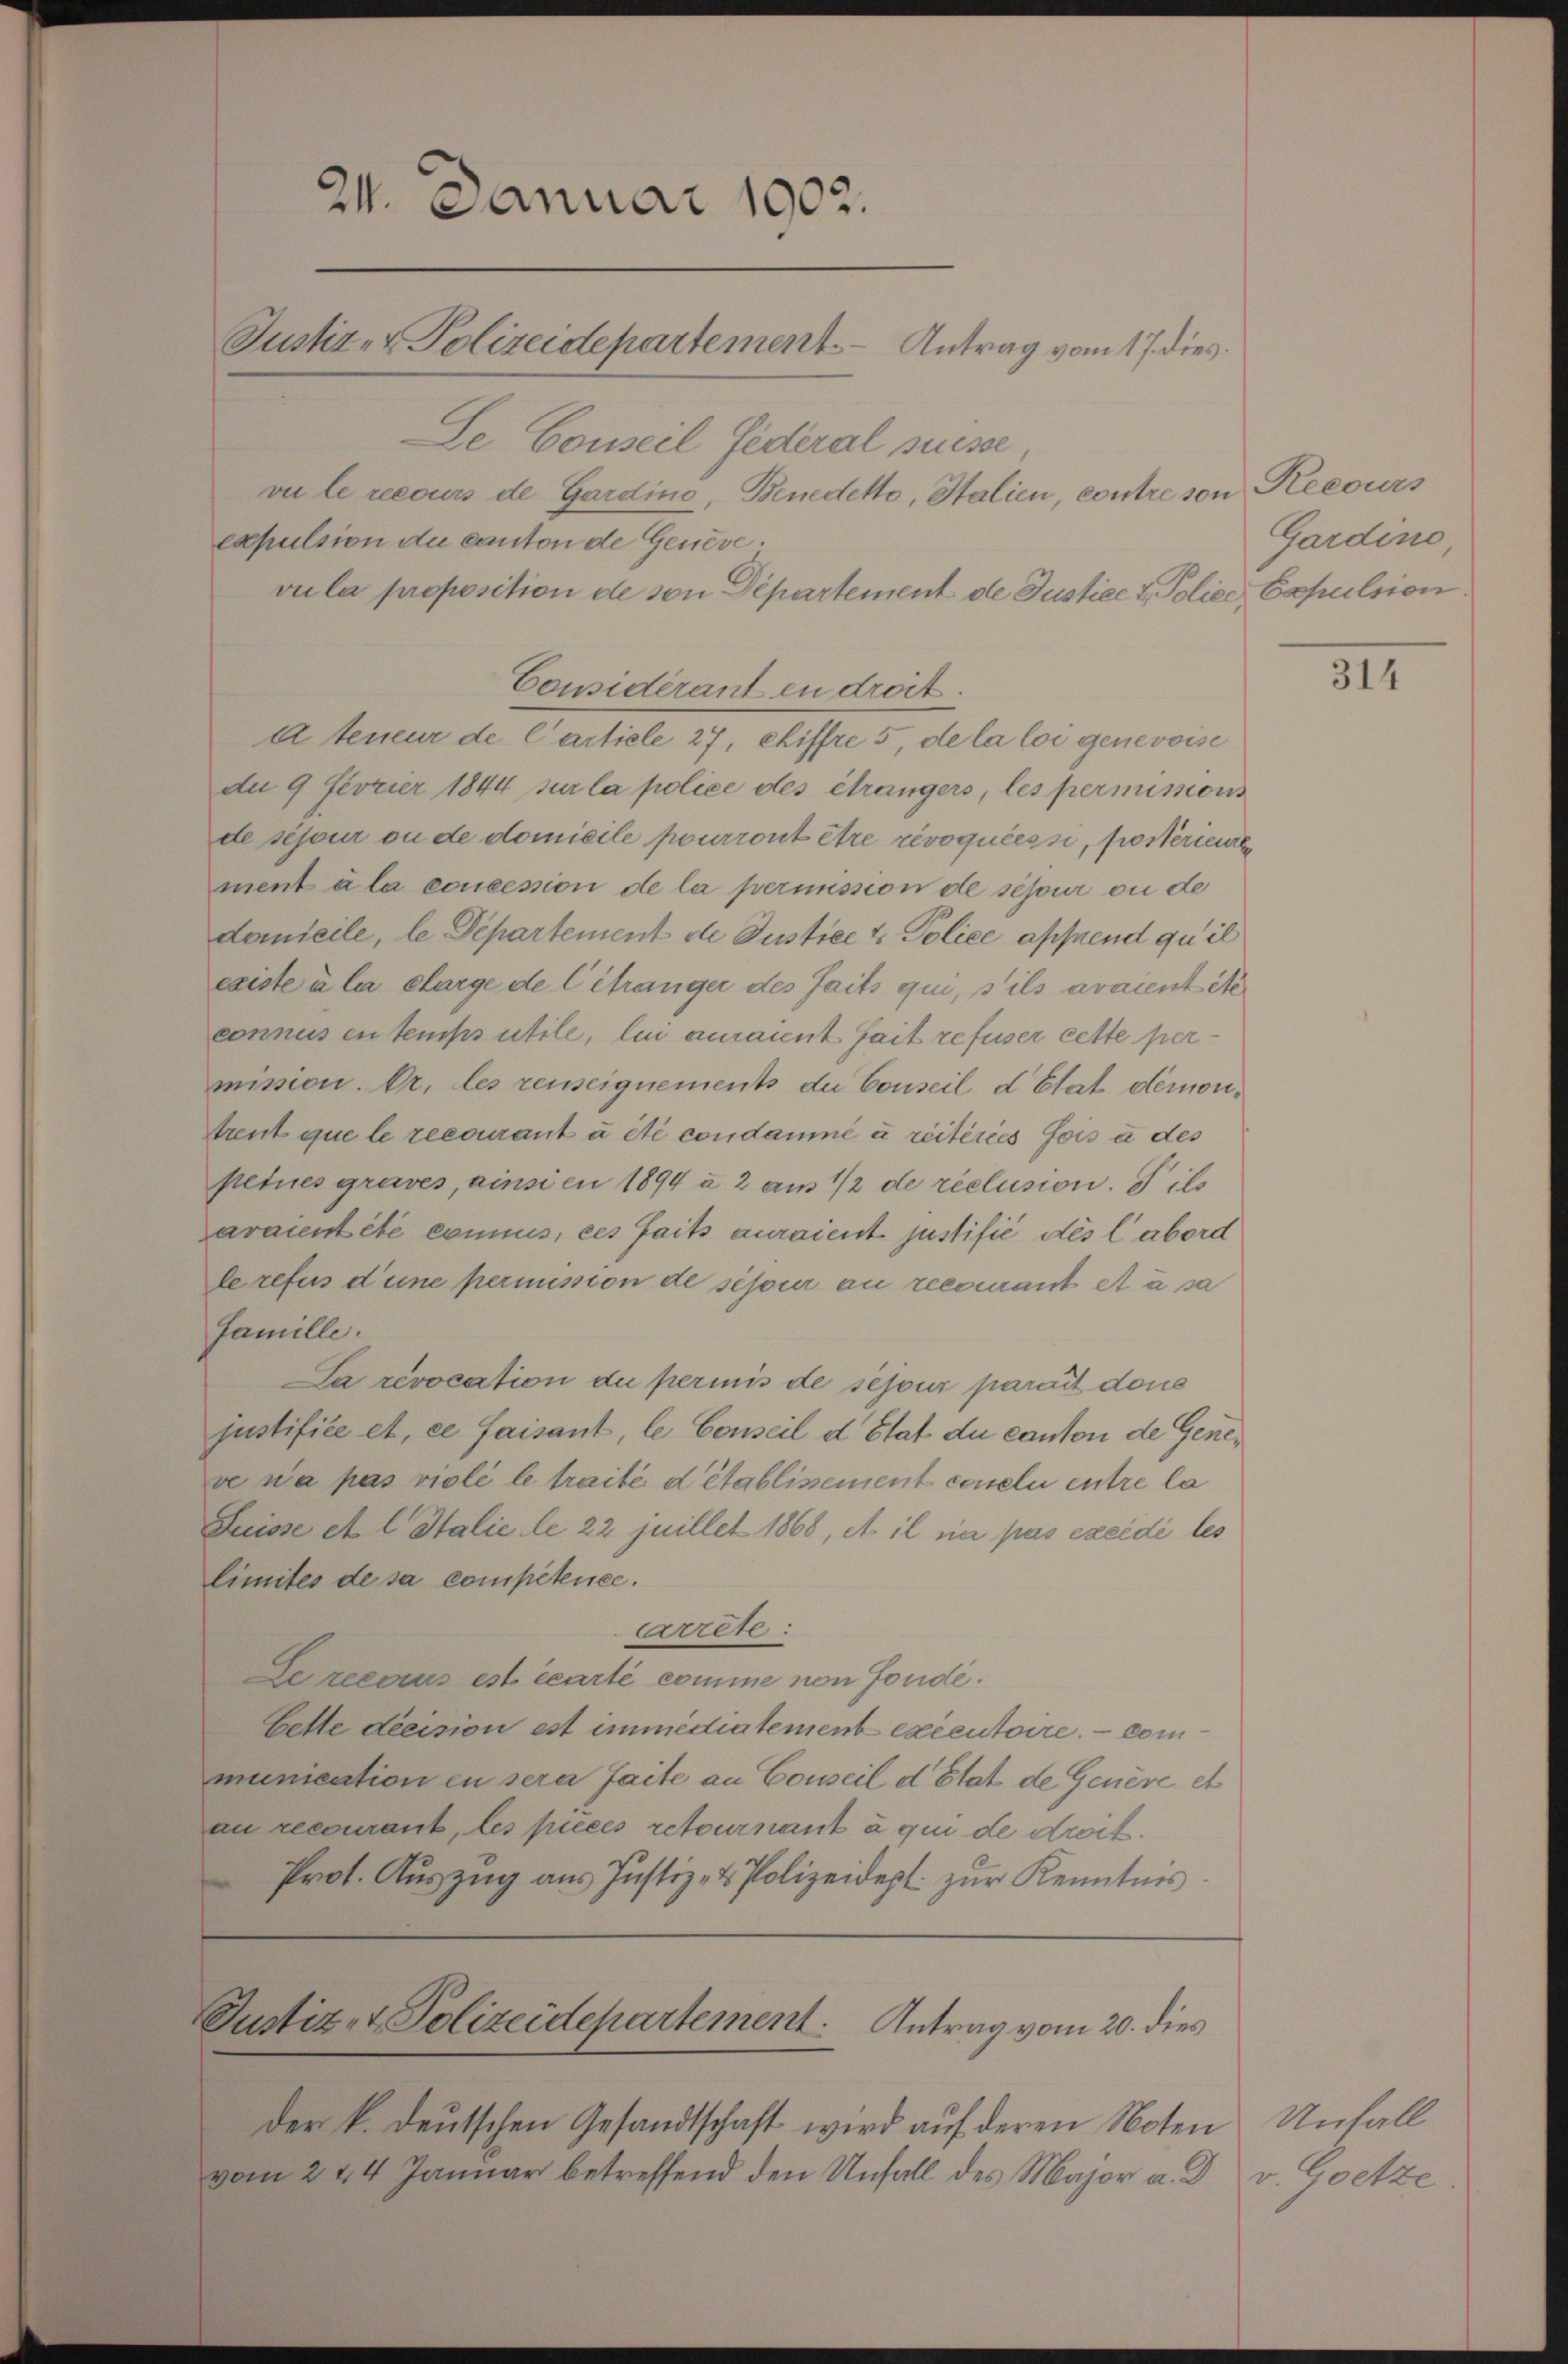
24. Januar 1902.
Justiz- & Polizeidepartement Antrag vom 17. dies

Le Conseil Federal Suisse
vu le recours de Gardino, Benedetto, Italien, contre son Recours
expulsion du canton de Genève.
vula proposition de von Departement de Justice & Police Capulsion
Considérant en droit.
A teneur de Cartiele 27, chiffre 5, de la loi genevoise
dn 9 Fevrier 1844 sur la police des étrangers, les permimsons
de séjour ou de domicile pourront être révoquéessi, posterial
ment à la concession de la permission de schon ou de
domicile, le Departement de Justice & Police affend qu’il
existe à la charge de Citranger des faits qui, s’ils avaientite
connus en temps utile, lui auraient fait refuser cette permission. Dr. les reuseignements der Conseil d’Etat demontrent que le recourant à été condamné à réitéries fois à des
peines graves, ainsien 1894 à 2 aus 1/2 de réclusion. Sils
araient été commis, ces faits auraient justifié dès labord
le refus d’une permission de séjour au recourant et à sa
Famille.
La revocation du permis de sejour parait dene
justifiée et ce faisant, le Conseil d’Etat du canton de Geneve n’a pas rioli le traité d’établissement conseln entre la
Suisse et l. Stalie le 22 juillet 1868, At il ne pas exeidé les
limites de sa competenee.
Arrête:
Se reconus est écarté comme von Fonde.
bette decision est immediatement executoire. — Communication in sera faite an Conseil d’Etat de Genere et
an recourant, les pieces retournant à qui de droit.
Prot. Auszug aus Justiz- & Polizeidept. zur Kenntnis

Justiz- & Polizeidepartement. Antrag vom 20. dies

der k. deutschen Gesandtschaft wird auf deren Noten
vom 244 Januar betreffend den Unfall des Major u. d

Gardino

314

Unfall
v. Goetze.